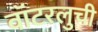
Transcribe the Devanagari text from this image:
वॉटरलुची